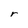
Character: r